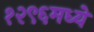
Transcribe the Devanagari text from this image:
१२९६मध्ये